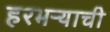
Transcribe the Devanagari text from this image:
हरभऱ्याची